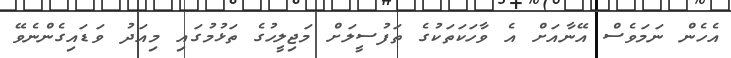
އެހެން ނަމަވެސް އޭނާއަށް އެ ވާހަކަތަކުގެ ތަފުސީލަށް މަޖިލީހުގެ ތަޅުމުގައި މިއަދު ވަޑައިގެންނެވޭ